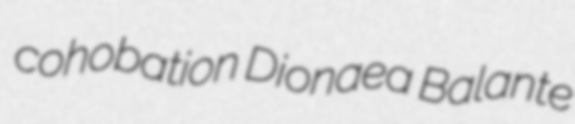
cohobation Dionaea Balante